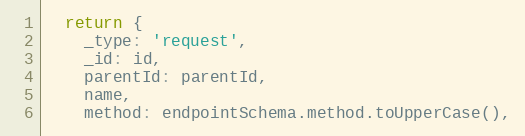
Language: JavaScript
  return {
    _type: 'request',
    _id: id,
    parentId: parentId,
    name,
    method: endpointSchema.method.toUpperCase(),